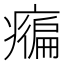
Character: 𤺇